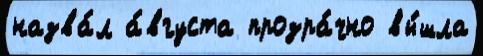
назва́л а́вгуста прозра́чно вы́шла